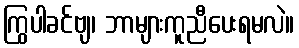
ကြွပါခင်ဗျ၊ ဘာများကူညီပေးရမလဲ။